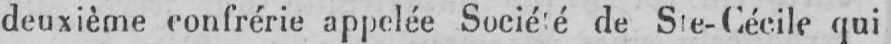
deuxième confrérie appelée Société de Ste- Cécile qui